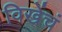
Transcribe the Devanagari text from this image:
विखेंचं